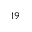
^ { 1 9 }